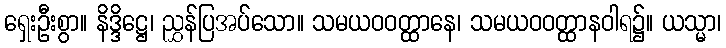
ရှေးဦးစွာ။ နိဒ္ဒိဋ္ဌေ၊ ညွှန်ပြအပ်သော။ သမယဝဝတ္ထာနေ၊ သမယဝဝတ္ထာနဝါရ၌။ ယသ္မာ၊